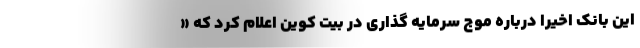
این بانک اخیرا درباره موج سرمایه گذاری در بیت کوین اعلام کرد که «